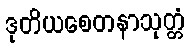
ဒုတိယစေတနာသုတ္တံ